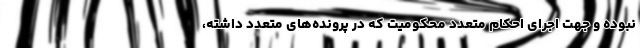
نبوده و جهت اجرای احکام متعدد محکومیت که در پرونده‌های متعدد داشته،